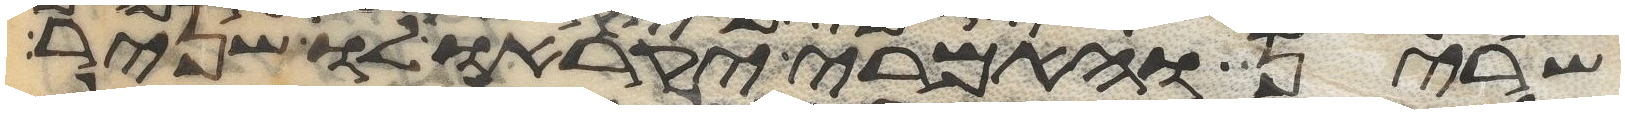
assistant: שרין והאמרי יקראו לו שניר